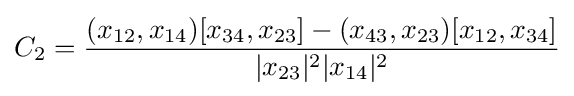
C_{2}={\frac {(x_{12},x_{14})[x_{34},x_{23}]-(x_{43},x_{23})[x_{12},x_{34}]}{|x_{23}|^{2}|x_{14}|^{2}}}